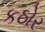
કઠોર